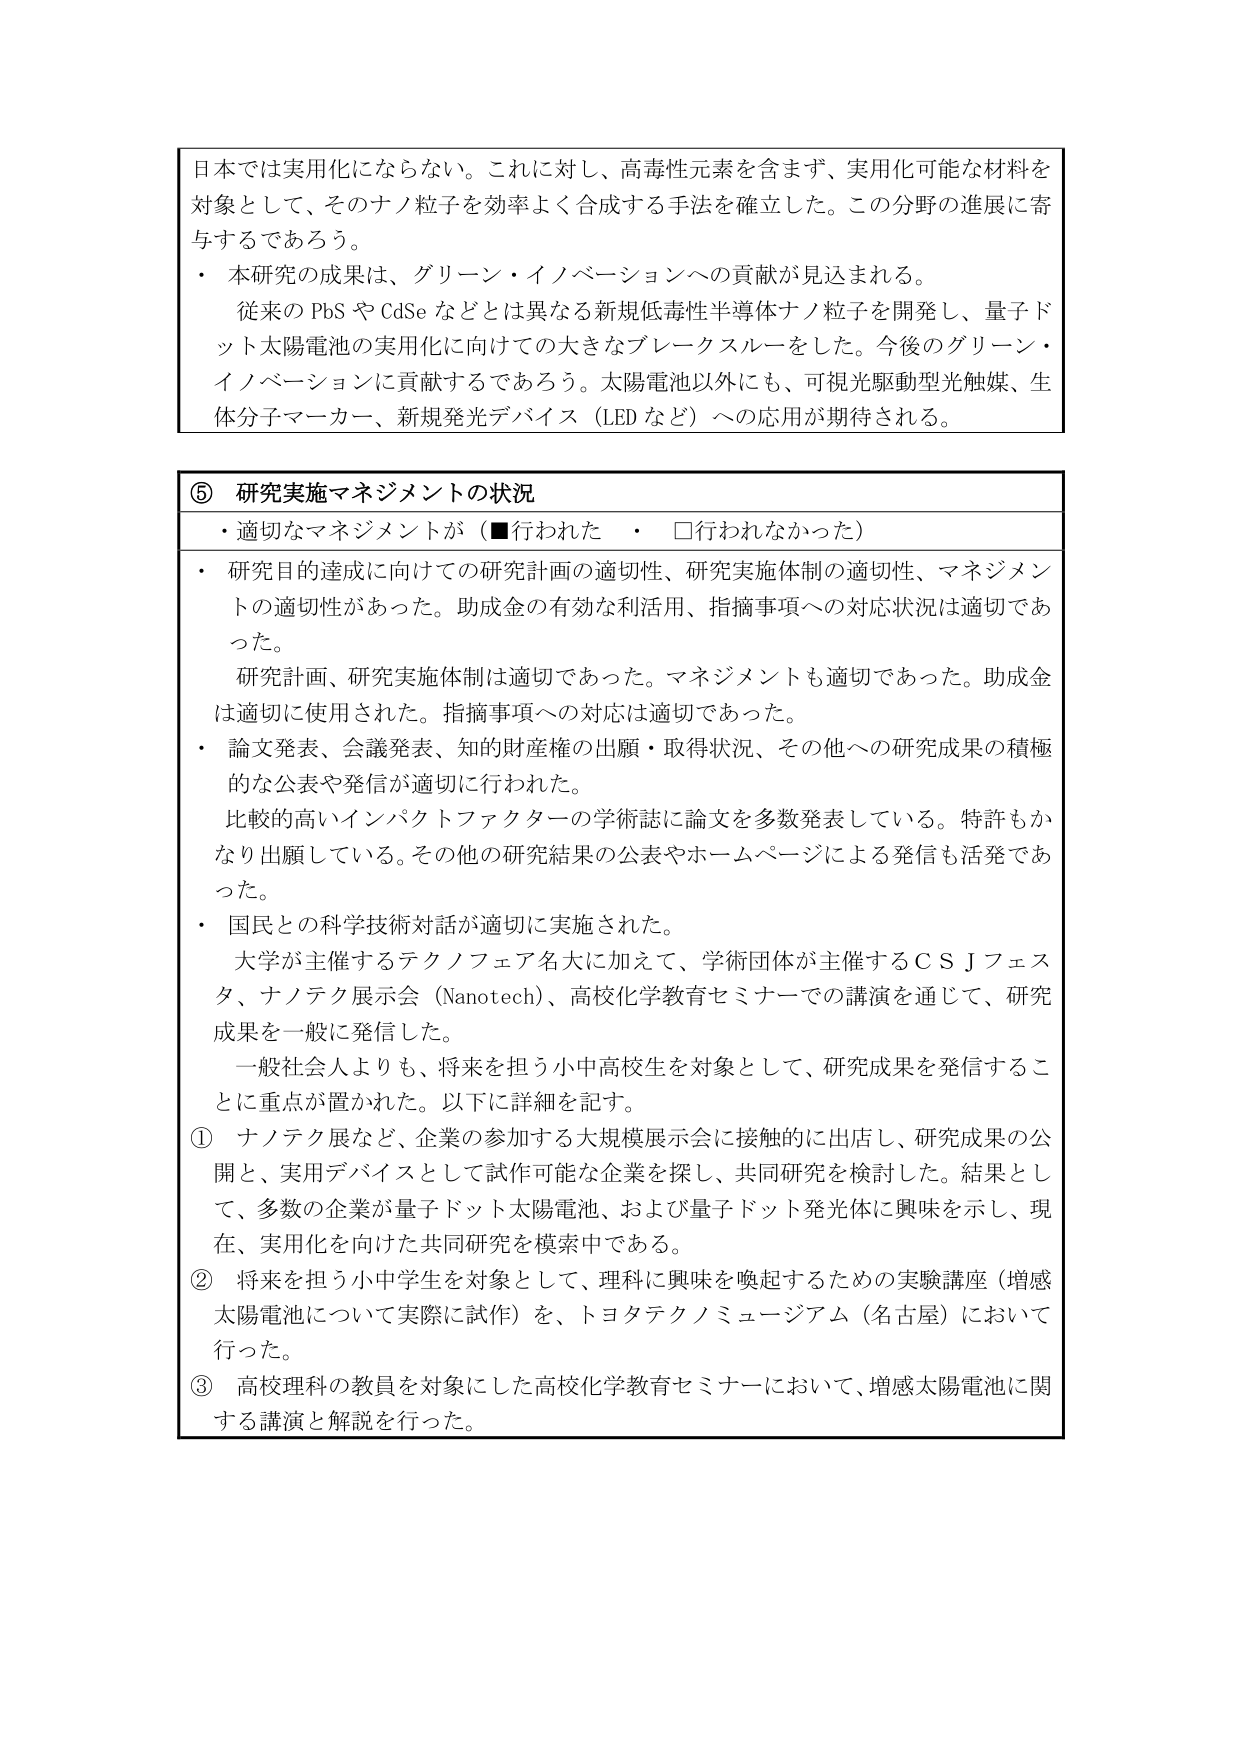
日本では実用化にならない。これに対し、高毒性元素を含まず、実用化可能な材料を対象として、そのナノ粒子を効率よく合成する手法を確立した。この分野の進展に寄与するであろう。

・本研究の成果は、グリーン・イノベーションへの貢献が見込まれる。
　従来の PbS や CdSe などとは異なる新規低毒性半導体ナノ粒子を開発し、量子ドット太陽電池の実用化に向けての大きなブレークスルーをした。今後のグリーン・イノベーションに貢献するであろう。太陽電池以外にも、可視光駆動型光触媒、生体分子マーカー、新規発光デバイス（LED など）への応用が期待される。

⑤ 研究実施マネジメントの状況
・適切なマネジメントが（■行われた　・　□行われなかった）

・研究目的達成に向けての研究計画の適切性、研究実施体制の適切性、マネジメントの適切性があった。助成金の有効な利活用、指摘事項への対応状況は適切であった。
　研究計画、研究実施体制は適切であった。マネジメントも適切であった。助成金は適切に使用された。指摘事項への対応は適切であった。

・論文発表、会議発表、知的財産権の出願・取得状況、その他への研究成果の積極的な公表や発信が適切に行われた。
　比較的高いインパクトファクターの学術誌に論文を多数発表している。特許もかなり出願している。その他の研究結果の公表やホームページによる発信も活発であった。

・国民との科学技術対話が適切に実施された。
　大学が主催するテクノフェア名大に加えて、学術団体が主催するＣＳＪフェスタ、ナノテク展示会（Nanotech）、高校化学教育セミナーでの講演を通じて、研究成果を一般に発信した。
　一般社会人よりも、将来を担う小中高校生を対象として、研究成果を発信することに重点が置かれた。以下に詳細を記す。

① ナノテク展など、企業の参加する大規模展示会に接触的に出店し、研究成果の公開と、実用デバイスとして試作可能な企業を探し、共同研究を検討した。結果として、多数の企業が量子ドット太陽電池、および量子ドット発光体に興味を示し、現在、実用化を向けた共同研究を模索中である。

② 将来を担う小中学生を対象として、理科に興味を喚起するための実験講座（増感太陽電池について実際に試作）を、トヨタテクノミュージアム（名古屋）において行った。

③ 高校理科の教員を対象にした高校化学教育セミナーにおいて、増感太陽電池に関する講演と解説を行った。